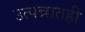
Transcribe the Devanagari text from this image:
उत्पन्नातही